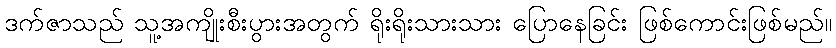
ဒက်ဇာသည် သူ့အကျိုးစီးပွားအတွက် ရိုးရိုးသားသား ပြောနေခြင်း ဖြစ်ကောင်းဖြစ်မည်။